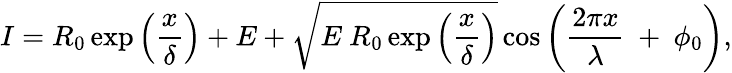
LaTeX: I=R_{0}\exp\left(\frac{x}{\delta}\right)+E+\sqrt{E{\ R}_{0}\exp\left(\frac{x}{\delta}\right)}\cos\left(\frac{2\pi x}{\lambda}\ +\ \phi_{0}\right),